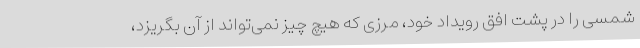
شمسی را در پشت افق رویداد خود، مرزی که هیچ چیز نمی‌تواند از آن بگریزد،